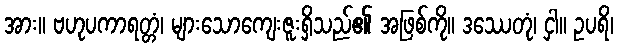
အား။ ဗဟုပကာရတ္တံ၊ များသောကျေးဇူးရှိသည်၏ အဖြစ်ကို။ ဒဿေတုံ၊ ငှါ။ ဥပရိ၊